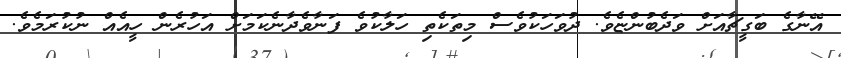
އޭނާގެ ބަގީޗާއަށް ވަދެބުންޏެވެ. ދުވަހަކުވެސް މިތަކެތި ހަލާކުވެ ފަނާވެދާނެކަމަށް އަހުރެން ހީއެއް ނުކުރަމެވެ.